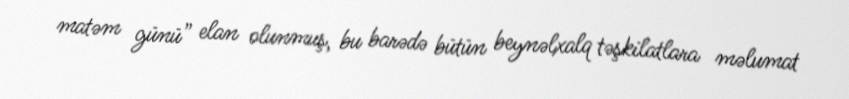
matəm günü” elan olunmuş, bu barədə bütün beynəlxalq təşkilatlara məlumat